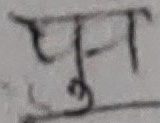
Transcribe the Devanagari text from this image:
पुञ